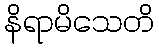
နိရာမိသေတိ